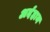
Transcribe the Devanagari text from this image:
अर्दहान